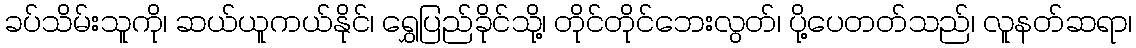
ခပ်သိမ်းသူကို၊ ဆယ်ယူကယ်နိုင်၊ ရွှေပြည်ခိုင်သို့၊ တိုင်တိုင်ဘေးလွတ်၊ ပို့ပေတတ်သည်၊ လူနတ်ဆရာ၊